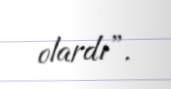
olardı”.